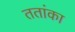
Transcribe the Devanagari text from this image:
ततांका